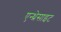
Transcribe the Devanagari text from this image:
एन्थ्रेसाइट